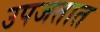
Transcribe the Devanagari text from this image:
उपजतात